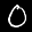
Label: 0